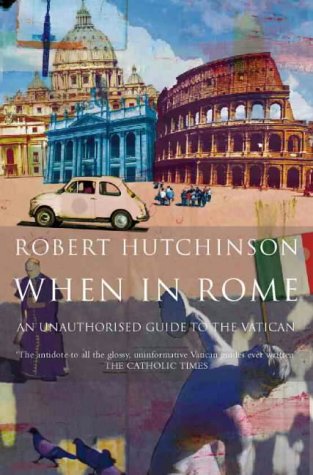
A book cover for When in Rome: A Journal of Life in the Vatican City; Robert J. Hutchinson; Travel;